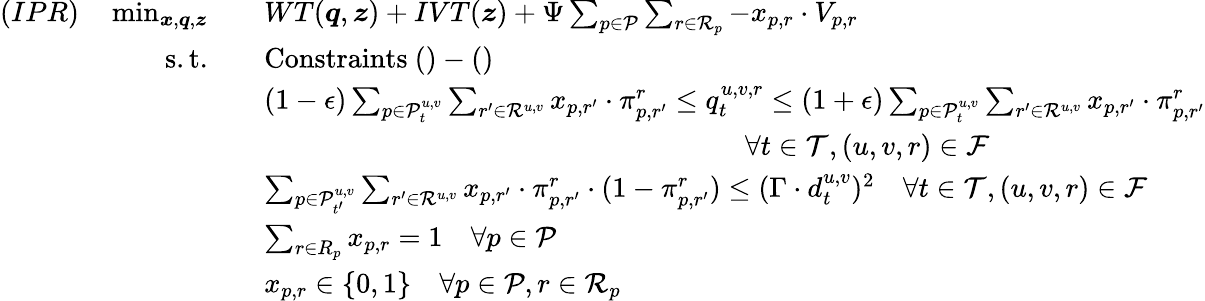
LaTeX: \begin{array}{rl}{(IPR)\quad\operatorname*{min}_{\boldsymbol{x},\boldsymbol{q},\boldsymbol{z}}\quad}&{WT(\boldsymbol{q},\boldsymbol{z})+IVT(\boldsymbol{z})+\Psi\sum_{p\in\mathcal{P}}\sum_{r\in\mathcal{R}_{p}}-x_{p,r}\cdot V_{p,r}}\\ {\mathrm{s.t.}\quad}&{\mathrm{Constraints~}()-()}\\ &{(1-\epsilon)\sum_{p\in\mathcal{P}_{t}^{u,v}}\sum_{r^{\prime}\in\mathcal{R}^{u,v}}x_{p,r^{\prime}}\cdot\pi_{p,r^{\prime}}^{r}\leq q_{t}^{u,v,r}\leq(1+\epsilon)\sum_{p\in\mathcal{P}_{t}^{u,v}}\sum_{r^{\prime}\in\mathcal{R}^{u,v}}x_{p,r^{\prime}}\cdot\pi_{p,r^{\prime}}^{r}}\\ &{\qquad\qquad\qquad\qquad\qquad\qquad\qquad\qquad\quad\forall t\in\mathcal{T},(u,v,r)\in\mathcal{F}}\\ &{\sum_{p\in\mathcal{P}_{t^{\prime}}^{u,v}}\sum_{r^{\prime}\in\mathcal{R}^{u,v}}x_{p,r^{\prime}}\cdot\pi_{p,r^{\prime}}^{r}\cdot(1-\pi_{p,r^{\prime}}^{r})\leq(\Gamma\cdot{d}_{t}^{u,v})^{2}\quad\forall t\in\mathcal{T},(u,v,r)\in\mathcal{F}}\\ &{\sum_{r\in R_{p}}x_{p,r}=1\quad\forall p\in\mathcal{P}}\\ &{x_{p,r}\in\{ 0,1\} \quad\forall p\in\mathcal{P},r\in\mathcal{R}_{p}}\end{array}